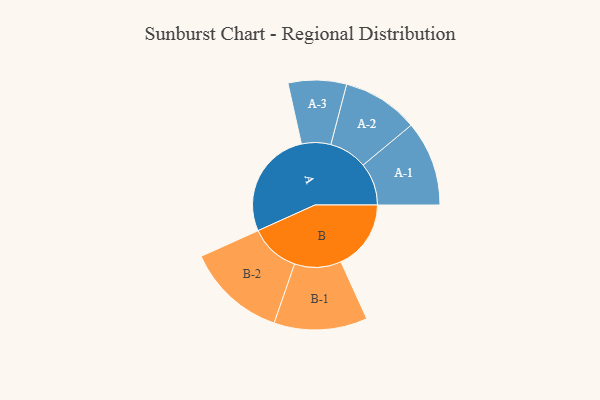
{"axis": {"x": "Segment", "y": "Value"}, "legend": ["", "A", "B"], "data": [{"x": "A", "y": 497, "type": ""}, {"x": "B", "y": 320, "type": ""}, {"x": "A-1", "y": 194, "type": "A"}, {"x": "A-2", "y": 174, "type": "A"}, {"x": "A-3", "y": 133, "type": "A"}, {"x": "B-1", "y": 213, "type": "B"}, {"x": "B-2", "y": 228, "type": "B"}]}